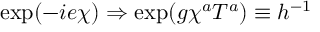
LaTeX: { \exp ( - i e \chi ) \Rightarrow \exp ( g \chi ^ { a } T ^ { a } ) \equiv h ^ { - 1 } }